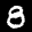
Label: 8